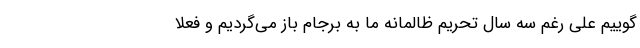
گوییم علی رغم سه سال تحریم ظالمانه ما به برجام باز می‌گردیم و فعلا